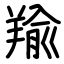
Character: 羭